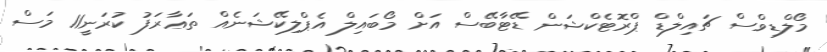
މޯލްޑިވްސް ޗައިލްޑް ޕްރޮޓެކްޝަން ޑޭޓާބޭސް އަށް މޯބައިލް އެޕްލިކޭޝަނެއް ތަޢާރަފު ކުރަނީ11 މަސް